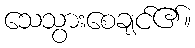
သေသွားစေချင်၏။